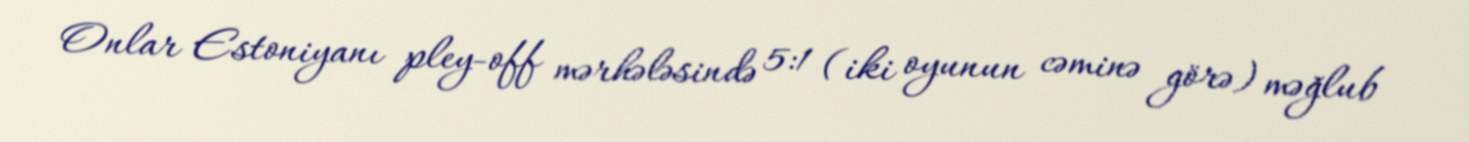
Onlar Estoniyanı pley-off mərhələsində 5:1 (iki oyunun cəminə görə) məğlub